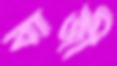
বাজী